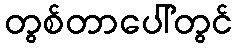
တွစ်တာပေါ်တွင်